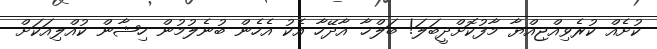
ކުށެއް ކުރެވިއްޖިއްޔާ މާފުކޮށްދީބަލަ! ބަލްޚާ އާދޭހާ އެކު އެހެން ބުނެލުމުން ހިޝާން ކުއްލިއަކަށް